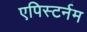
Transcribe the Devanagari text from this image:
एपिस्टर्नम